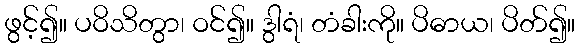
ဖွင့်၍။ ပဝိသိတွာ၊ ဝင်၍။ ဒွါရံ၊ တံခါးကို။ ပိဓာယ၊ ပိတ်၍။